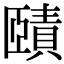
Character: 賾